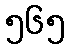
၅၆၅